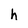
Character: h